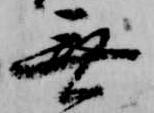
無